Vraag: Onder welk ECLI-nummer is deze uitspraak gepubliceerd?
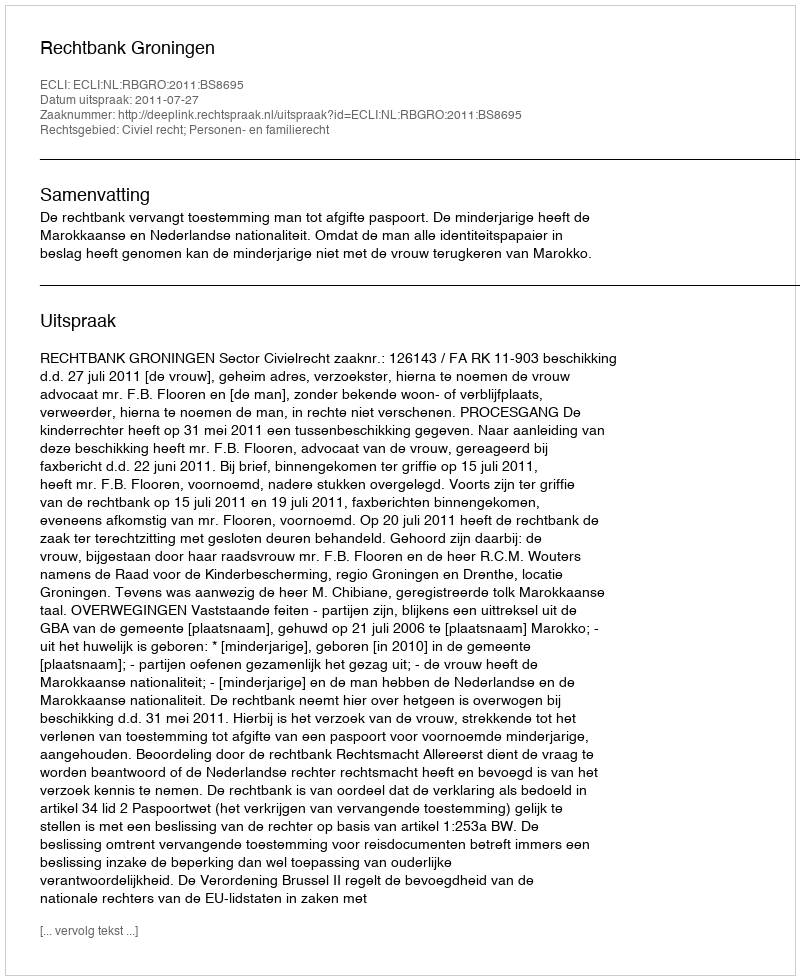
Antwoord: ECLI:NL:RBGRO:2011:BS8695